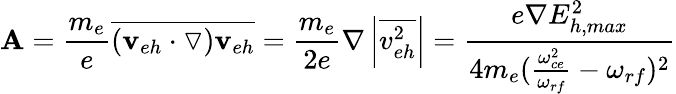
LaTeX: {\mathbf A}=\frac{m_{e}}{e}\overline{{(\mathbf{v}_{eh}\cdot\triangledown)\mathbf{v}_{eh}}}=\frac{m_{e}}{2e}\nabla\left|\overline{{v_{eh}^{2}}}\right|=\frac{e\nabla E_{h,max}^{2}}{4m_{e}(\frac{\omega_{ce}^{2}}{\omega_{rf}}-\omega_{rf})^{2}}